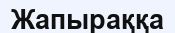
Жапыраққа